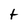
Character: t